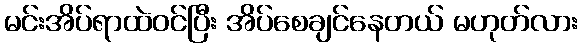
မင်းအိပ်ရာထဲဝင်ပြီး အိပ်စေချင်နေတယ် မဟုတ်လား